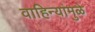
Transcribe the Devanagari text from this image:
वाहिन्यांमुळे